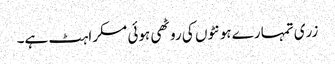
زری تمہارے ہونٹوں کی روٹھی ہوئی مسکراہٹ ہے۔